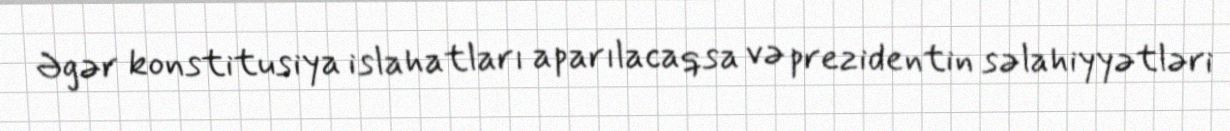
Əgər konstitusiya islahatları aparılacaqsa və prezidentin səlahiyyətləri